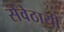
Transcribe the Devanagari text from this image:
सेवेठायी